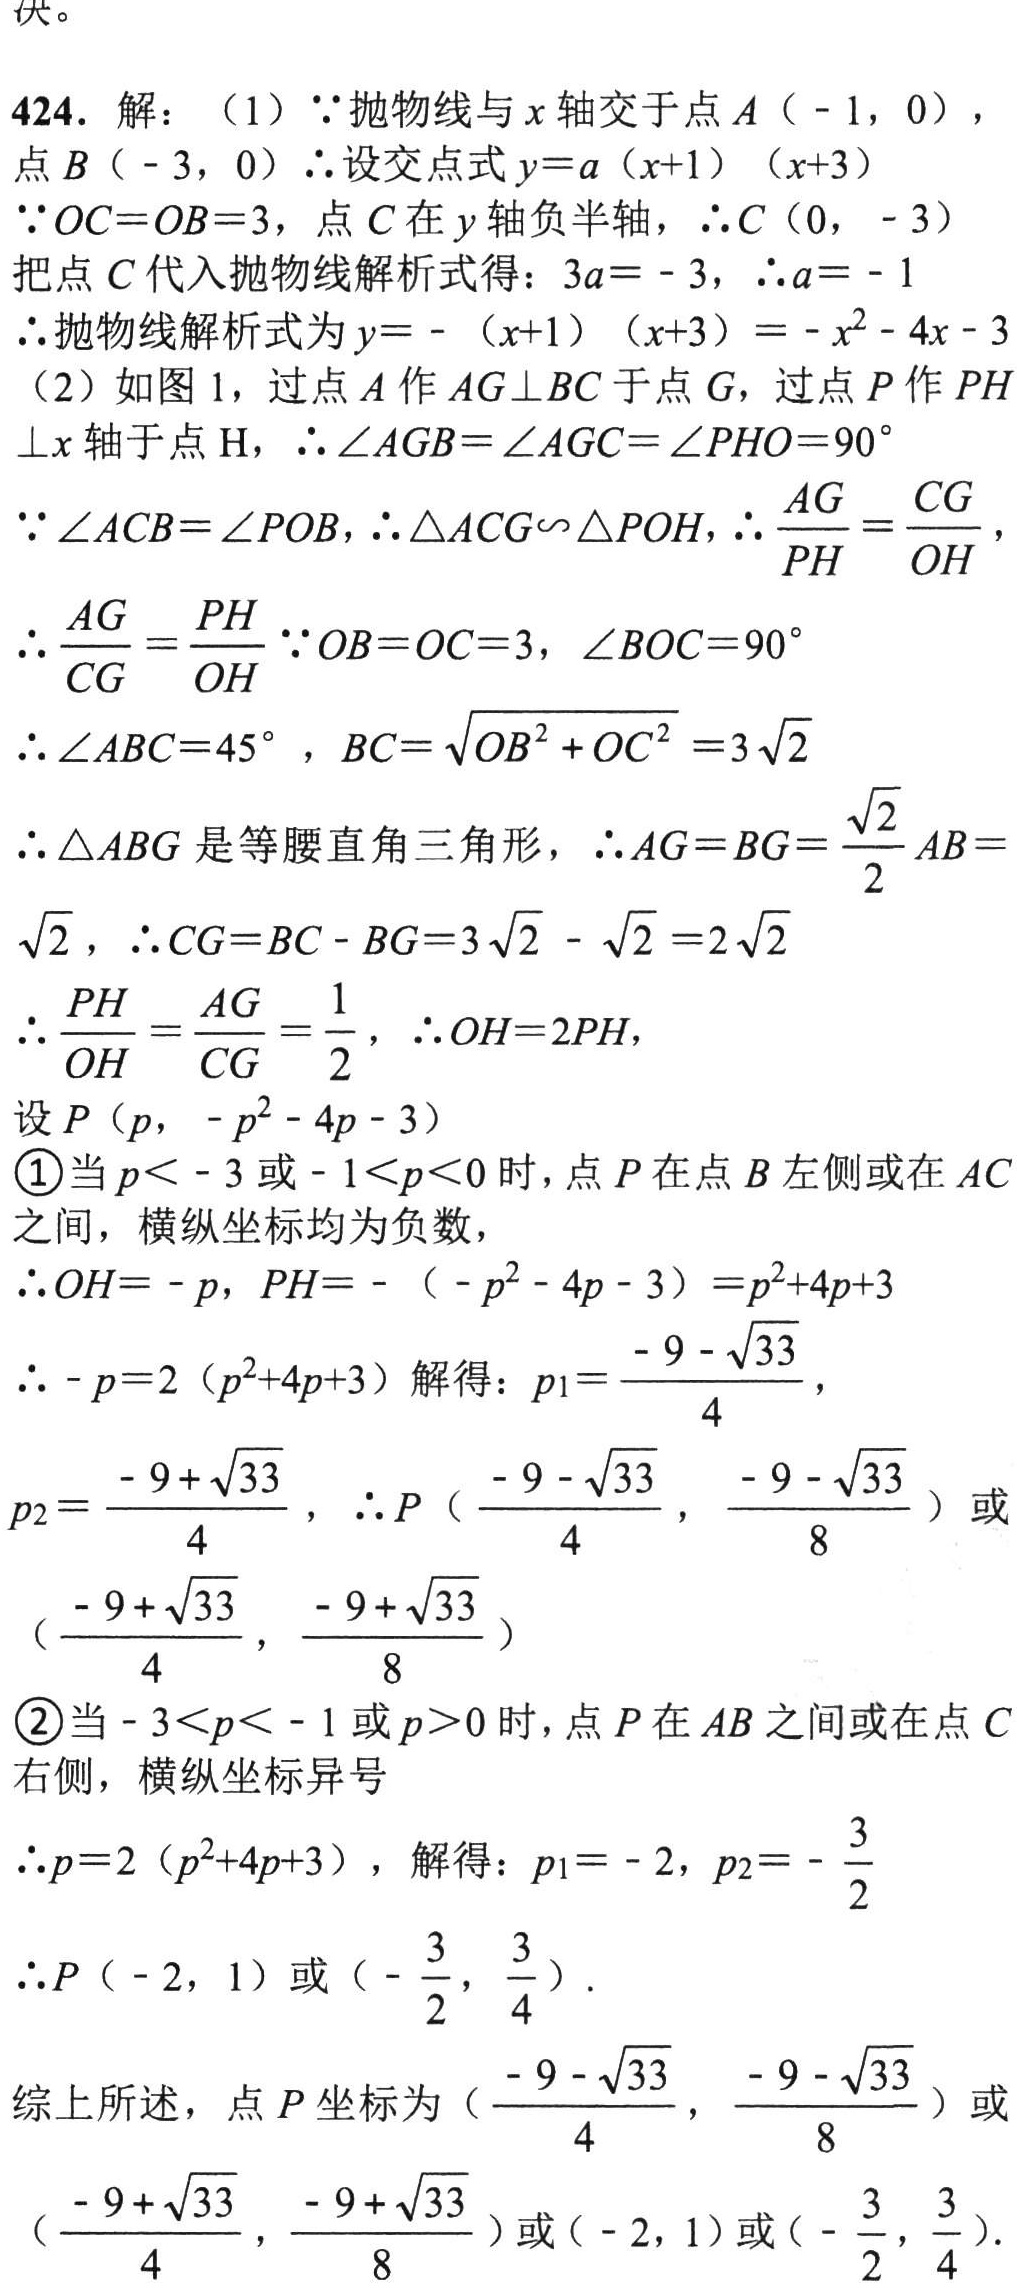
\(
\begin{align*}
&424.\ 解：\\
&（1）\because 抛物线与x轴交于点A（ - 1，0），点B（ - 3，0）\ \therefore 设交点式y = a(x + 1)(x + 3)\\
&\because OC=OB = 3，点C在y轴负半轴，\ \therefore C(0， - 3)\\
&把点C代入抛物线解析式得：3a=-3，\ \therefore a=-1\\
&\therefore 抛物线解析式为y=-(x + 1)(x + 3)=-x^{2}-4x - 3\\
&（2）如图1，过点A作AG\perp BC于点G，过点P作PH\perp x轴于点H，\ \therefore\angle AGB=\angle AGC=\angle PHO = 90^{\circ}\\
&\because\angle ACB=\angle POB，\ \therefore\triangle ACG\sim\triangle POH，\ \therefore\frac{AG}{PH}=\frac{CG}{OH}，\\
&\therefore\frac{AG}{CG}=\frac{PH}{OH}\ \because OB = OC = 3，\angle BOC = 90^{\circ}\\
&\therefore\angle ABC = 45^{\circ}，BC=\sqrt{OB^{2}+OC^{2}} = 3\sqrt{2}\\
&\therefore\triangle ABG是等腰直角三角形，\ \therefore AG = BG=\frac{\sqrt{2}}{2}AB=\sqrt{2}，\ \therefore CG = BC - BG = 3\sqrt{2}-\sqrt{2}=2\sqrt{2}\\
&\therefore\frac{PH}{OH}=\frac{AG}{CG}=\frac{1}{2}，\ \therefore OH = 2PH，\\
&设P(p，-p^{2}-4p - 3)\\
&\textcircled{1}当p\lt - 3或 - 1\lt p\lt0时，点P在点B左侧或在AC之间，横纵坐标均为负数，\\
&\therefore OH=-p，PH=-(-p^{2}-4p - 3)=p^{2}+4p + 3\\
&\therefore - p = 2(p^{2}+4p + 3)解得：p_{1}=\frac{-9-\sqrt{33}}{4}，p_{2}=\frac{-9+\sqrt{33}}{4}，\ \therefore P(\frac{-9-\sqrt{33}}{4}，\frac{-9-\sqrt{33}}{8})或(\frac{-9+\sqrt{33}}{4}，\frac{-9+\sqrt{33}}{8})\\
&\textcircled{2}当 - 3\lt p\lt - 1或p\gt0时，点P在AB之间或在点C右侧，横纵坐标异号\\
&\therefore p = 2(p^{2}+4p + 3)，解得：p_{1}=-2，p_{2}=-\frac{3}{2}\\
&\therefore P(-2，1)或(-\frac{3}{2}，\frac{3}{4}).\\
&综上所述，点P坐标为(\frac{-9-\sqrt{33}}{4}，\frac{-9-\sqrt{33}}{8})或(\frac{-9+\sqrt{33}}{4}，\frac{-9+\sqrt{33}}{8})或(-2，1)或(-\frac{3}{2}，\frac{3}{4}).
\end{align*}
\)